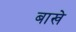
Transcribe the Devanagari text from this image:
बाखे